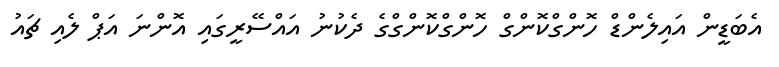
އެބަޑީން އައިލެންޑް ހޮންގްކޮންގް ހޮންގްކޮންގްގެ ދެކުނު އައްސޭރީގައި އޮންނަ އަޕް ލެއި ޗައު